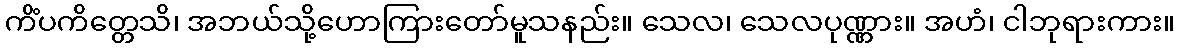
ကိံပကိတ္တေသိ၊ အဘယ်သို့ဟောကြားတော်မူသနည်း။ သေလ၊ သေလပုဏ္ဏား။ အဟံ၊ ငါဘုရားကား။